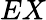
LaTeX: EX